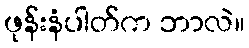
ဖုန်းနံပါတ်က ဘာလဲ။